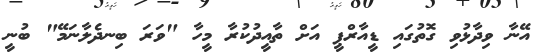
އޭނާ ވިދާޅުވި ގޮތުގައި ޑީއާރްޕީ އަށް ތާއީދުކުރާ މީހާ "ވަރަ ބިނދެލާނަމޭ" ބުނީ